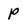
Character: P